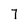
Character: 7